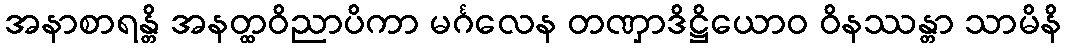
အနာစာရန္တိ အနတ္ထဝိညာပိကာ မင်္ဂလေန တဏှာဒိဋ္ဌိယောဝ ဝိနဿန္တာ သာမိနိ